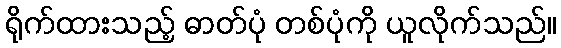
ရိုက်ထားသည့် ဓာတ်ပုံ တစ်ပုံကို ယူလိုက်သည်။